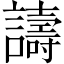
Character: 譸